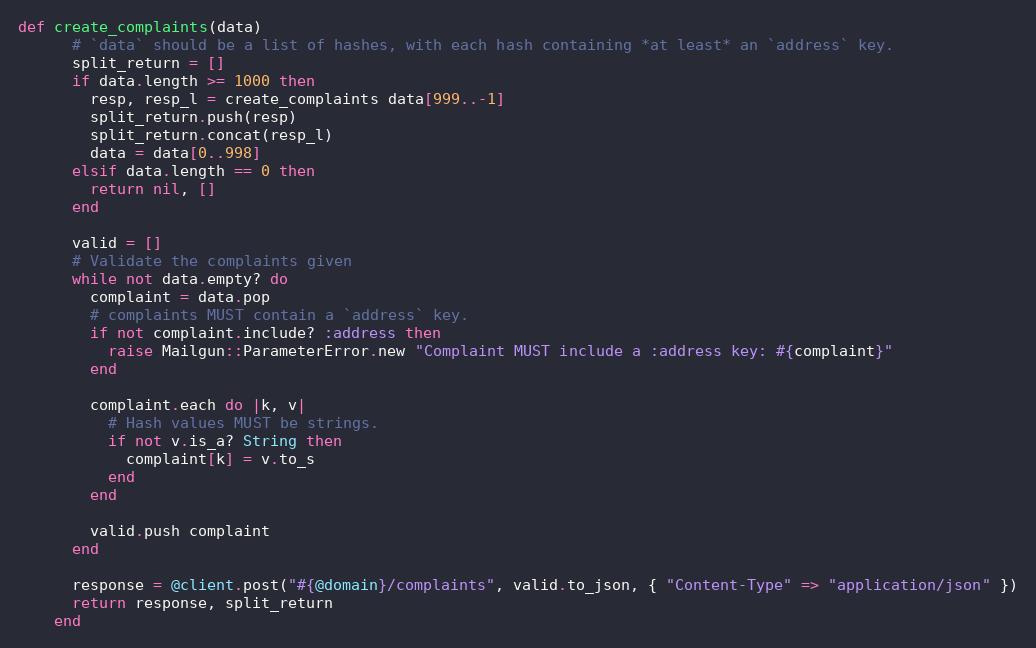
Language: Ruby
def create_complaints(data)
      # `data` should be a list of hashes, with each hash containing *at least* an `address` key.
      split_return = []
      if data.length >= 1000 then
        resp, resp_l = create_complaints data[999..-1]
        split_return.push(resp)
        split_return.concat(resp_l)
        data = data[0..998]
      elsif data.length == 0 then
        return nil, []
      end

      valid = []
      # Validate the complaints given
      while not data.empty? do
        complaint = data.pop
        # complaints MUST contain a `address` key.
        if not complaint.include? :address then
          raise Mailgun::ParameterError.new "Complaint MUST include a :address key: #{complaint}"
        end

        complaint.each do |k, v|
          # Hash values MUST be strings.
          if not v.is_a? String then
            complaint[k] = v.to_s
          end
        end

        valid.push complaint
      end

      response = @client.post("#{@domain}/complaints", valid.to_json, { "Content-Type" => "application/json" })
      return response, split_return
    end